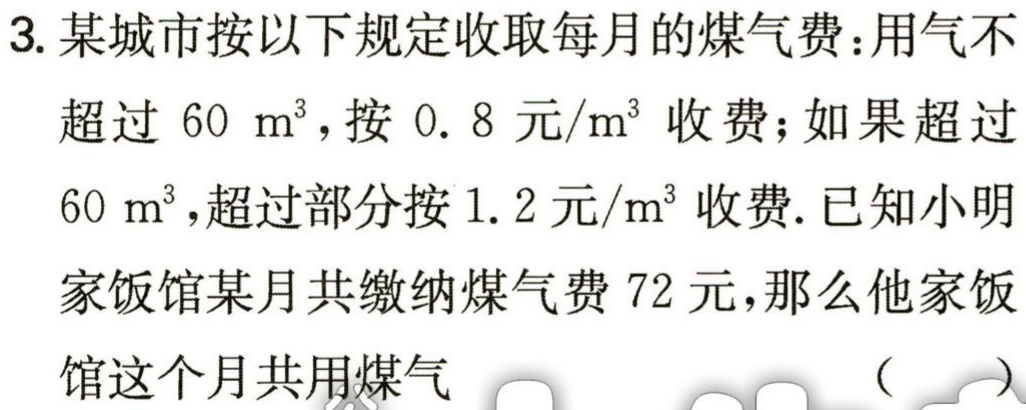
3. 某城市按以下规定收取每月的煤气费：用气不

超过 \(60\ m^{3}\)，按 \(0.8\) 元\(/m^{3}\) 收费；如果超过

\(60\ m^{3}\)，超过部分按 \(1.2\) 元\(/m^{3}\) 收费. 已知小明

家饭馆某月共缴纳煤气费 \(72\) 元，那么他家饭

馆这个月共用煤气  （  ）